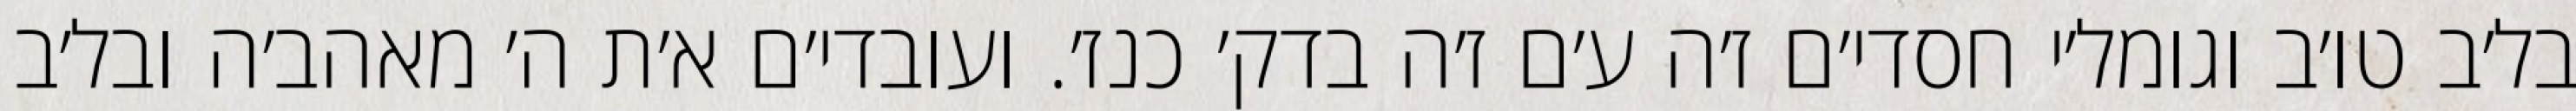
בל׳ב טו׳ב וגומל׳י חסדי׳ם ז׳ה ע׳ם ז׳ה בדק׳ כנז׳. ועובדי׳ם א׳ת ה׳ מאהב׳ה ובל׳ב